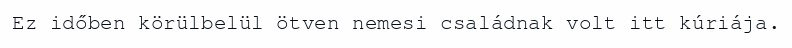
Ez időben körülbelül ötven nemesi családnak volt itt kúriája.